Indian journal of veterinary science and animal husbandry - Volume 8,
Year: 1938
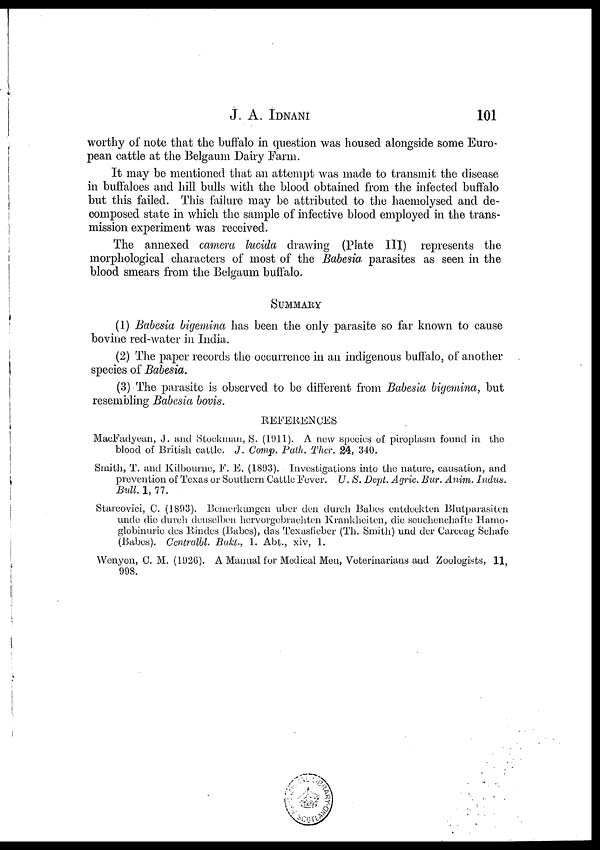
J. A.
IDNANI
101
worthy of note that the buffalo in question was housed alongside some Euro-
pean cattle at the Belgaum Dairy Farm.
It may be mentioned that an attempt was made to transmit the disease
in buffaloes and hill bulls with the blood obtained from the infected buffalo
but this failed. This failure may be attributed to the haemolysed and de-
composed state in which the sample of infective blood employed in the trans-
mission experiment was received.
The annexed camera lucida drawing (Plate III) represents the
morphological characters of most of the Babesia parasites as seen in the
blood smears from the Belgaum buffalo.
SUMMARY
(1) Babesia bigemina has been the only parasite so far known to cause
bovine red-water in India.
(2) The paper records the occurrence in an indigenous buffalo, of another
species of Babesia.
(3) The parasite is observed to be different from Babesia bigemina, but
resembling Babesia bovis.
REFERENCES
MacFadyean, J. and Stockman, S. (1911). A new species of piroplasm found in the
blood of British cattle. J. Comp. Path. Ther. 24, 340.
Smith, T. and Kilbourne, F. E. (1893). Investigations into the nature, causation, and
prevention of Texas or Southern Cattle Fever. U. S. Dept. Agric. Bur. Anim. Indus.
Bull. 1, 77.
Starcovici, C. (1893). Bemerkungen uber den durch Babes entdeckten Blutparasiten
unde die durch deuselben hervorgebrachten Krankheiten, die seuchenchafte Hamo¬
globinuric des Rindes (Babes), das Texasfieber (Th. Smith) und der Carceag Schafe
(Babes). Centralbl. Bakt., 1. Abt., xiv, 1.
Wenyon, C. M. (1926). A Manual for Medical Men, Veterinarians and Zoologists, 11,
998.